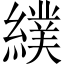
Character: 𦄾